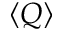
\langle Q \rangle